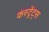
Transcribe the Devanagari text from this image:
कंस्ट्रेंट्स